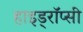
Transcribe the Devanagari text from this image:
हाइड्रॉप्सी